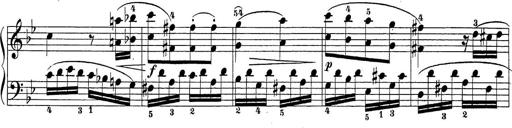
Title: Sonatina Album
Composer: Louis KÃ¶hler